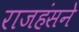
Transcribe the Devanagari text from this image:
राजहंसने